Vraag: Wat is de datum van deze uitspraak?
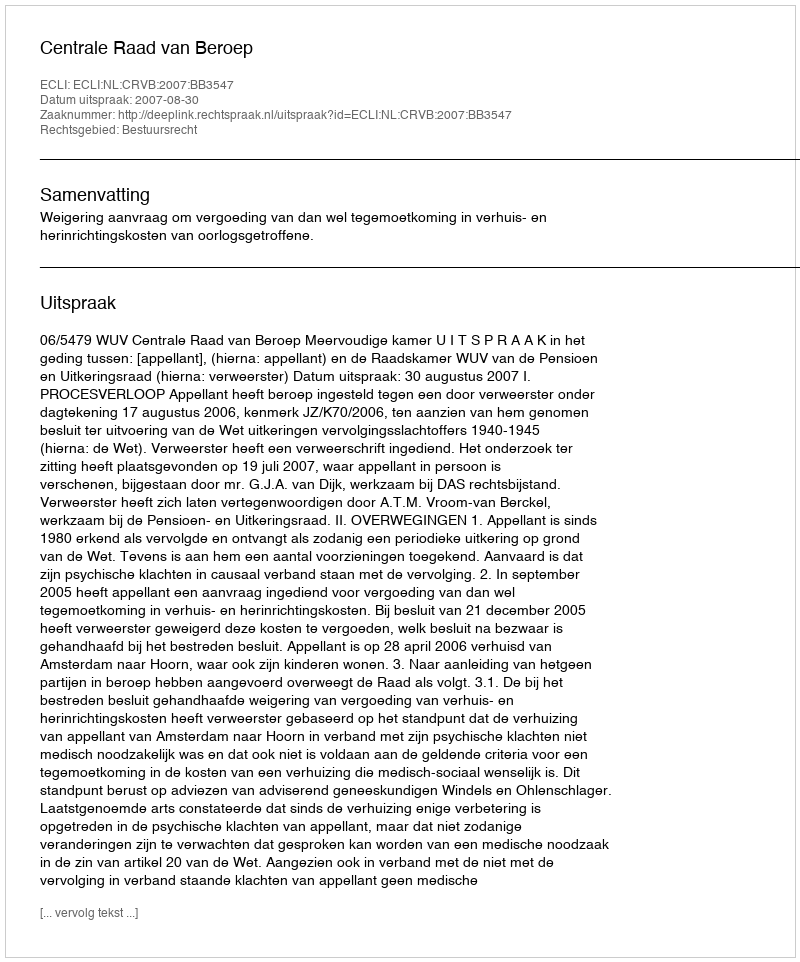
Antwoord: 2007-08-30